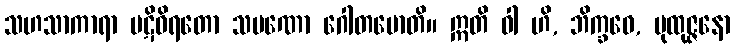
သဟသာကာရာ ပဋိဝိရတော သမဏော ဂေါတမောတိ။ ဣတိ ဝါ ဟိ, ဘိက္ခဝေ, ပုထုဇ္ဇနော